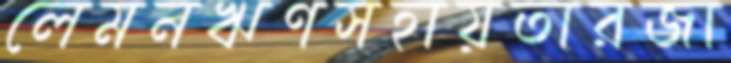
লেমনঋণসহায়তারজা